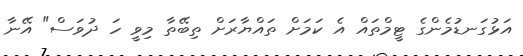
އަޅުގަނޑުމެންގެ ޓީމްތައް އެ ކަމަށް ތައްޔާރަށް ތިބޭތާ މިވީ ހަ ދުވަސް" އޭނާ